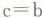
$$c = b$$